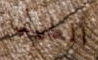
الطيب